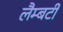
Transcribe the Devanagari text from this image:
लैम्बर्टी